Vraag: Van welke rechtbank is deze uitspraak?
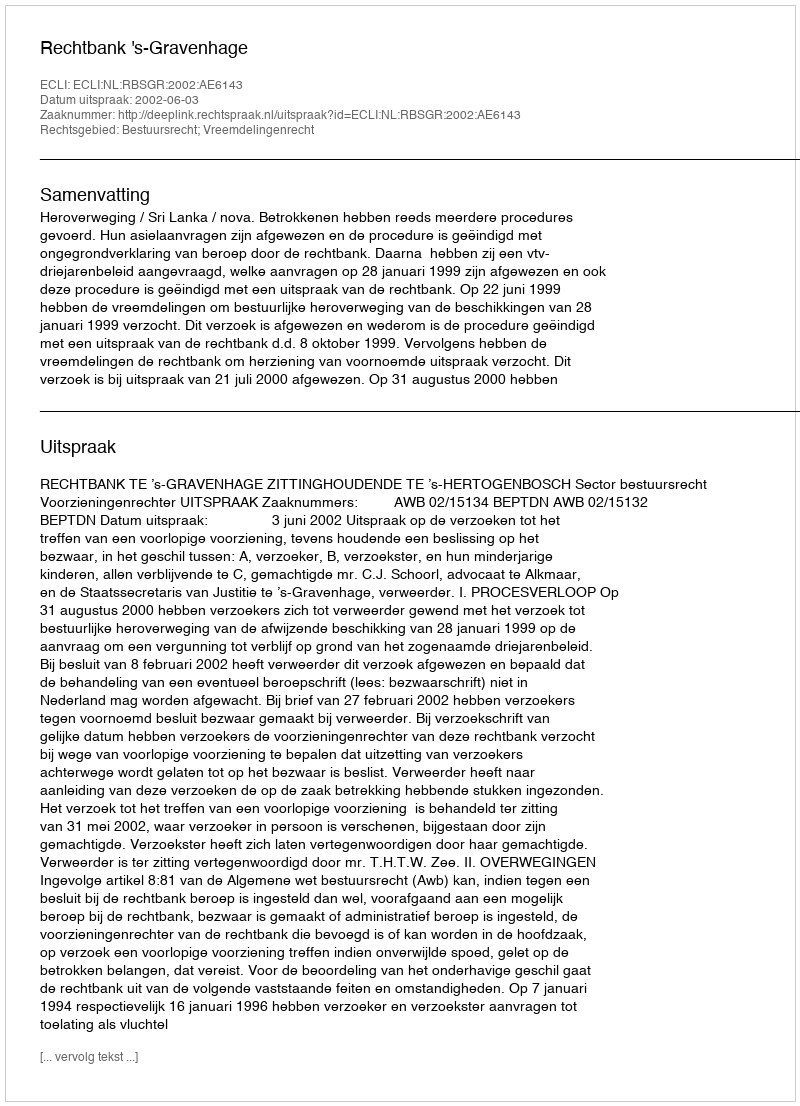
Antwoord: Rechtbank 's-Gravenhage